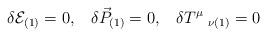
LaTeX: \begin{align*}\delta {\cal{E}}_{(1)}=0,\;\;\;\delta\vec{{P}}_{(1)}=0,\;\;\;\delta{T}^\mu\;_{\nu(1)}=0\end{align*}